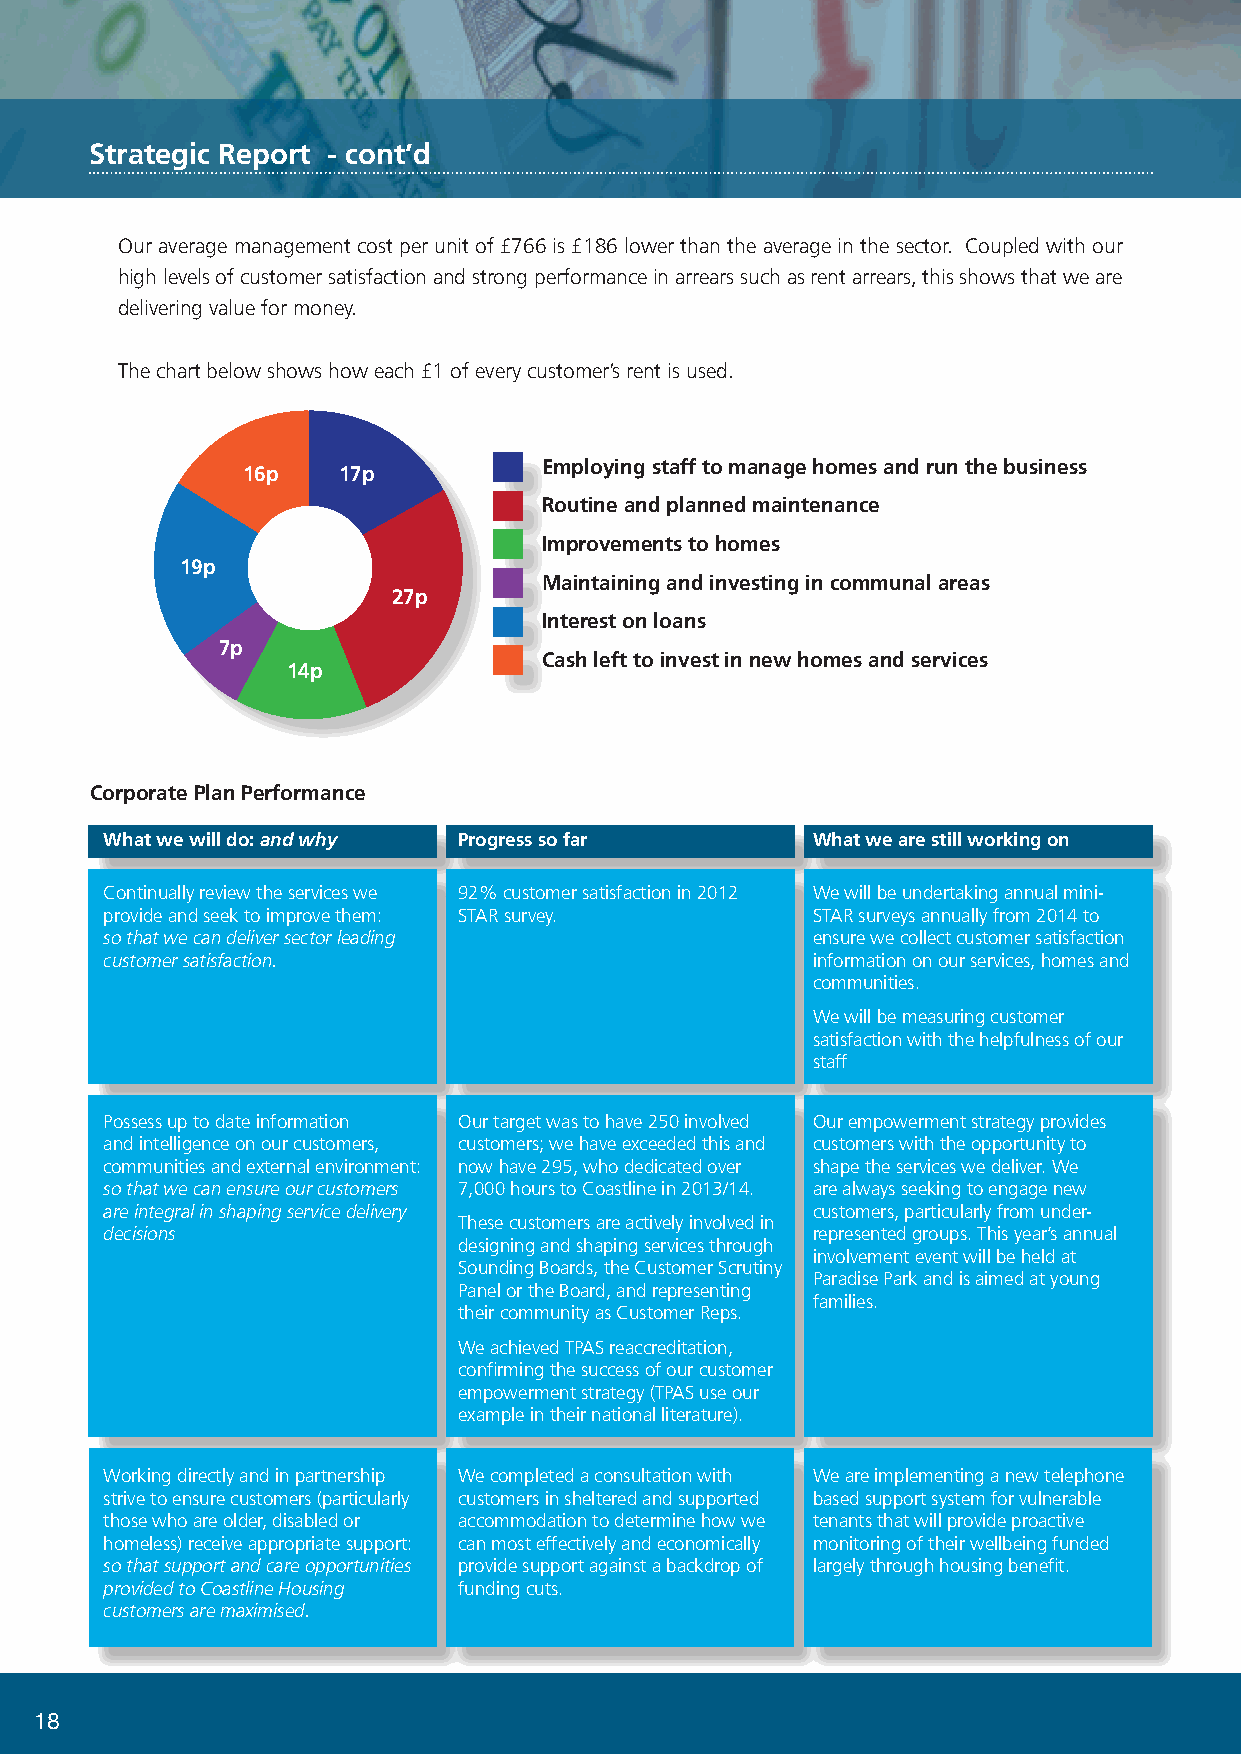
Strategic Report - cont’d
 Our average management cost per unit of £766 is £186 lower than the average in the sector. Coupled with our
 high levels of customer satisfaction and strong performance in arrears such as rent arrears, this shows that we are
 delivering value for money.
 The chart below shows how each £1 of every customer’s rent is used.
 Employing staff to manage homes and run the business
 16p   17p
 Routine and planned maintenance
 Improvements to homes
 19p
 Maintaining and investing in communal areas
 27p
 Interest on loans
 7p
 Cash left to invest in new homes and services
 14p
 Corporate Plan Performance
 What we will do: and why Progress so far       What we are still working on
 Continually review the services we 92% customer satisfaction in 2012 We will be undertaking annual mini-
 provide and seek to improve them: STAR survey. STAR surveys annually from 2014 to
 so that we can deliver sector leading          ensure we collect customer satisfaction
 customer satisfaction.                         information on our services, homes and
 communities.
 We will be measuring customer
 satisfaction with the helpfulness of our
 staff
 Possess up to date information Our target was to have 250 involved Our empowerment strategy provides
 and intelligence on our customers, customers; we have exceeded this and customers with the opportunity to
 communities and external environment: now have 295, who dedicated over shape the services we deliver. We
 so that we can ensure our customers 7,000 hours to Coastline in 2013/14. are always seeking to engage new
 are integral in shaping service delivery       customers, particularly from under-
 These customers are actively involved in
 decisions                                      represented groups. This year’s annual
 designing and shaping services through
 involvement event will be held at
 Sounding Boards, the Customer Scrutiny
 Paradise Park and is aimed at young
 Panel or the Board, and representing
 families.
 their community as Customer Reps.
 We achieved TPAS reaccreditation,
 confirming the success of our customer
 empowerment strategy (TPAS use our
 example in their national literature).
 Working directly and in partnership We completed a consultation with We are implementing a new telephone
 strive to ensure customers (particularly customers in sheltered and supported based support system for vulnerable
 those who are older, disabled or accommodation to determine how we tenants that will provide proactive
 homeless) receive appropriate support: can most effectively and economically monitoring of their wellbeing funded
 so that support and care opportunities provide support against a backdrop of largely through housing benefit.
 provided to Coastline Housing funding cuts.
 customers are maximised.
 18